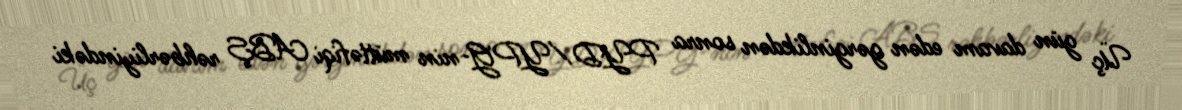
Üç gün davam edən gərginlikdən sonra PYD/YPG-nin müttəfiqi ABŞ rəhbərliyindəki